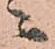
ニ